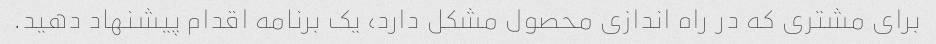
برای مشتری که در راه اندازی محصول مشکل دارد، یک برنامه اقدام پیشنهاد دهید.